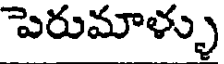
పెరుమాళ్ళు